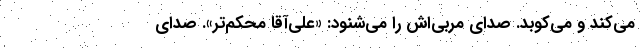
می‌کند و می‌کوبد. صدای مربی‌اش را می‌شنود: «علی‌آقا محکم‌تر». صدای